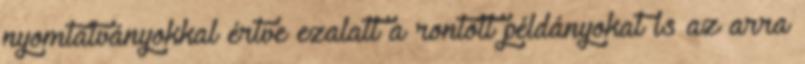
nyomtatványokkal értve ezalatt a rontott példányokat is az arra